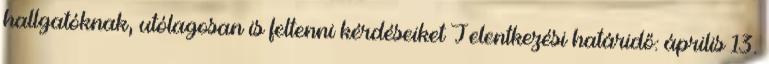
hallgatóknak, utólagosan is feltenni kérdéseiket Jelentkezési határidő: április 13.